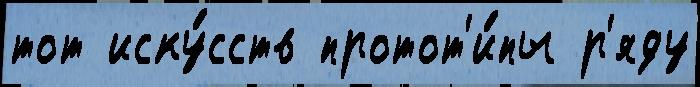
тот иску́сств протот'и́пы р'яду